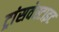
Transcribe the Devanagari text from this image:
ट्रांसवेस्टाइट